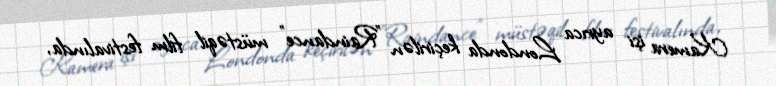
Kamera işi ayrıca Londonda keçirilən "Raindance" müstəqil film festivalında,